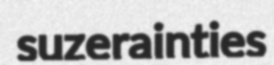
suzerainties